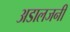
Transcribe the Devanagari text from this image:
अडालजनी